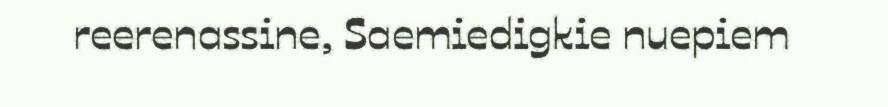
reerenassine, Saemiedigkie nuepiem